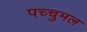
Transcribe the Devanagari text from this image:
पच्चुमल